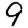
Digit: 9